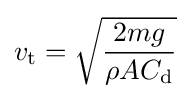
v_{\mathrm {t} }={\sqrt {\frac {2mg}{\rho AC_{\mathrm {d} }}}}